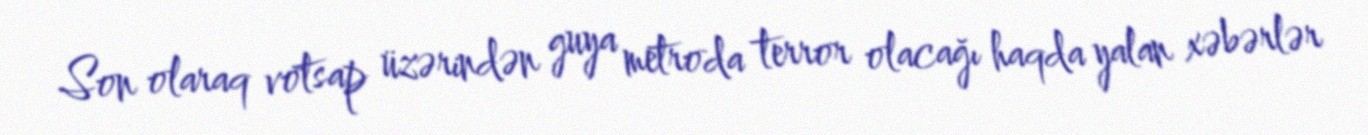
Son olaraq votsap üzərindən guya metroda terror olacağı haqda yalan xəbərlər